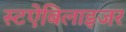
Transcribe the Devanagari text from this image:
स्टऐबिलाइजर